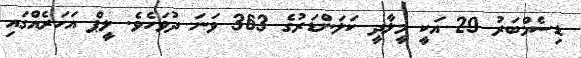
ޑިސެމްބަރު 29 އަކީ މީލާދީ ކަލަންޑަރުގެ 363 ވަނަ ދުވަހެވެ. ލީޕް އަހަރެއްގައި